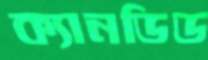
ক্যানডিড